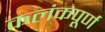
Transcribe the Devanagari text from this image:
कलंकपूर्ण